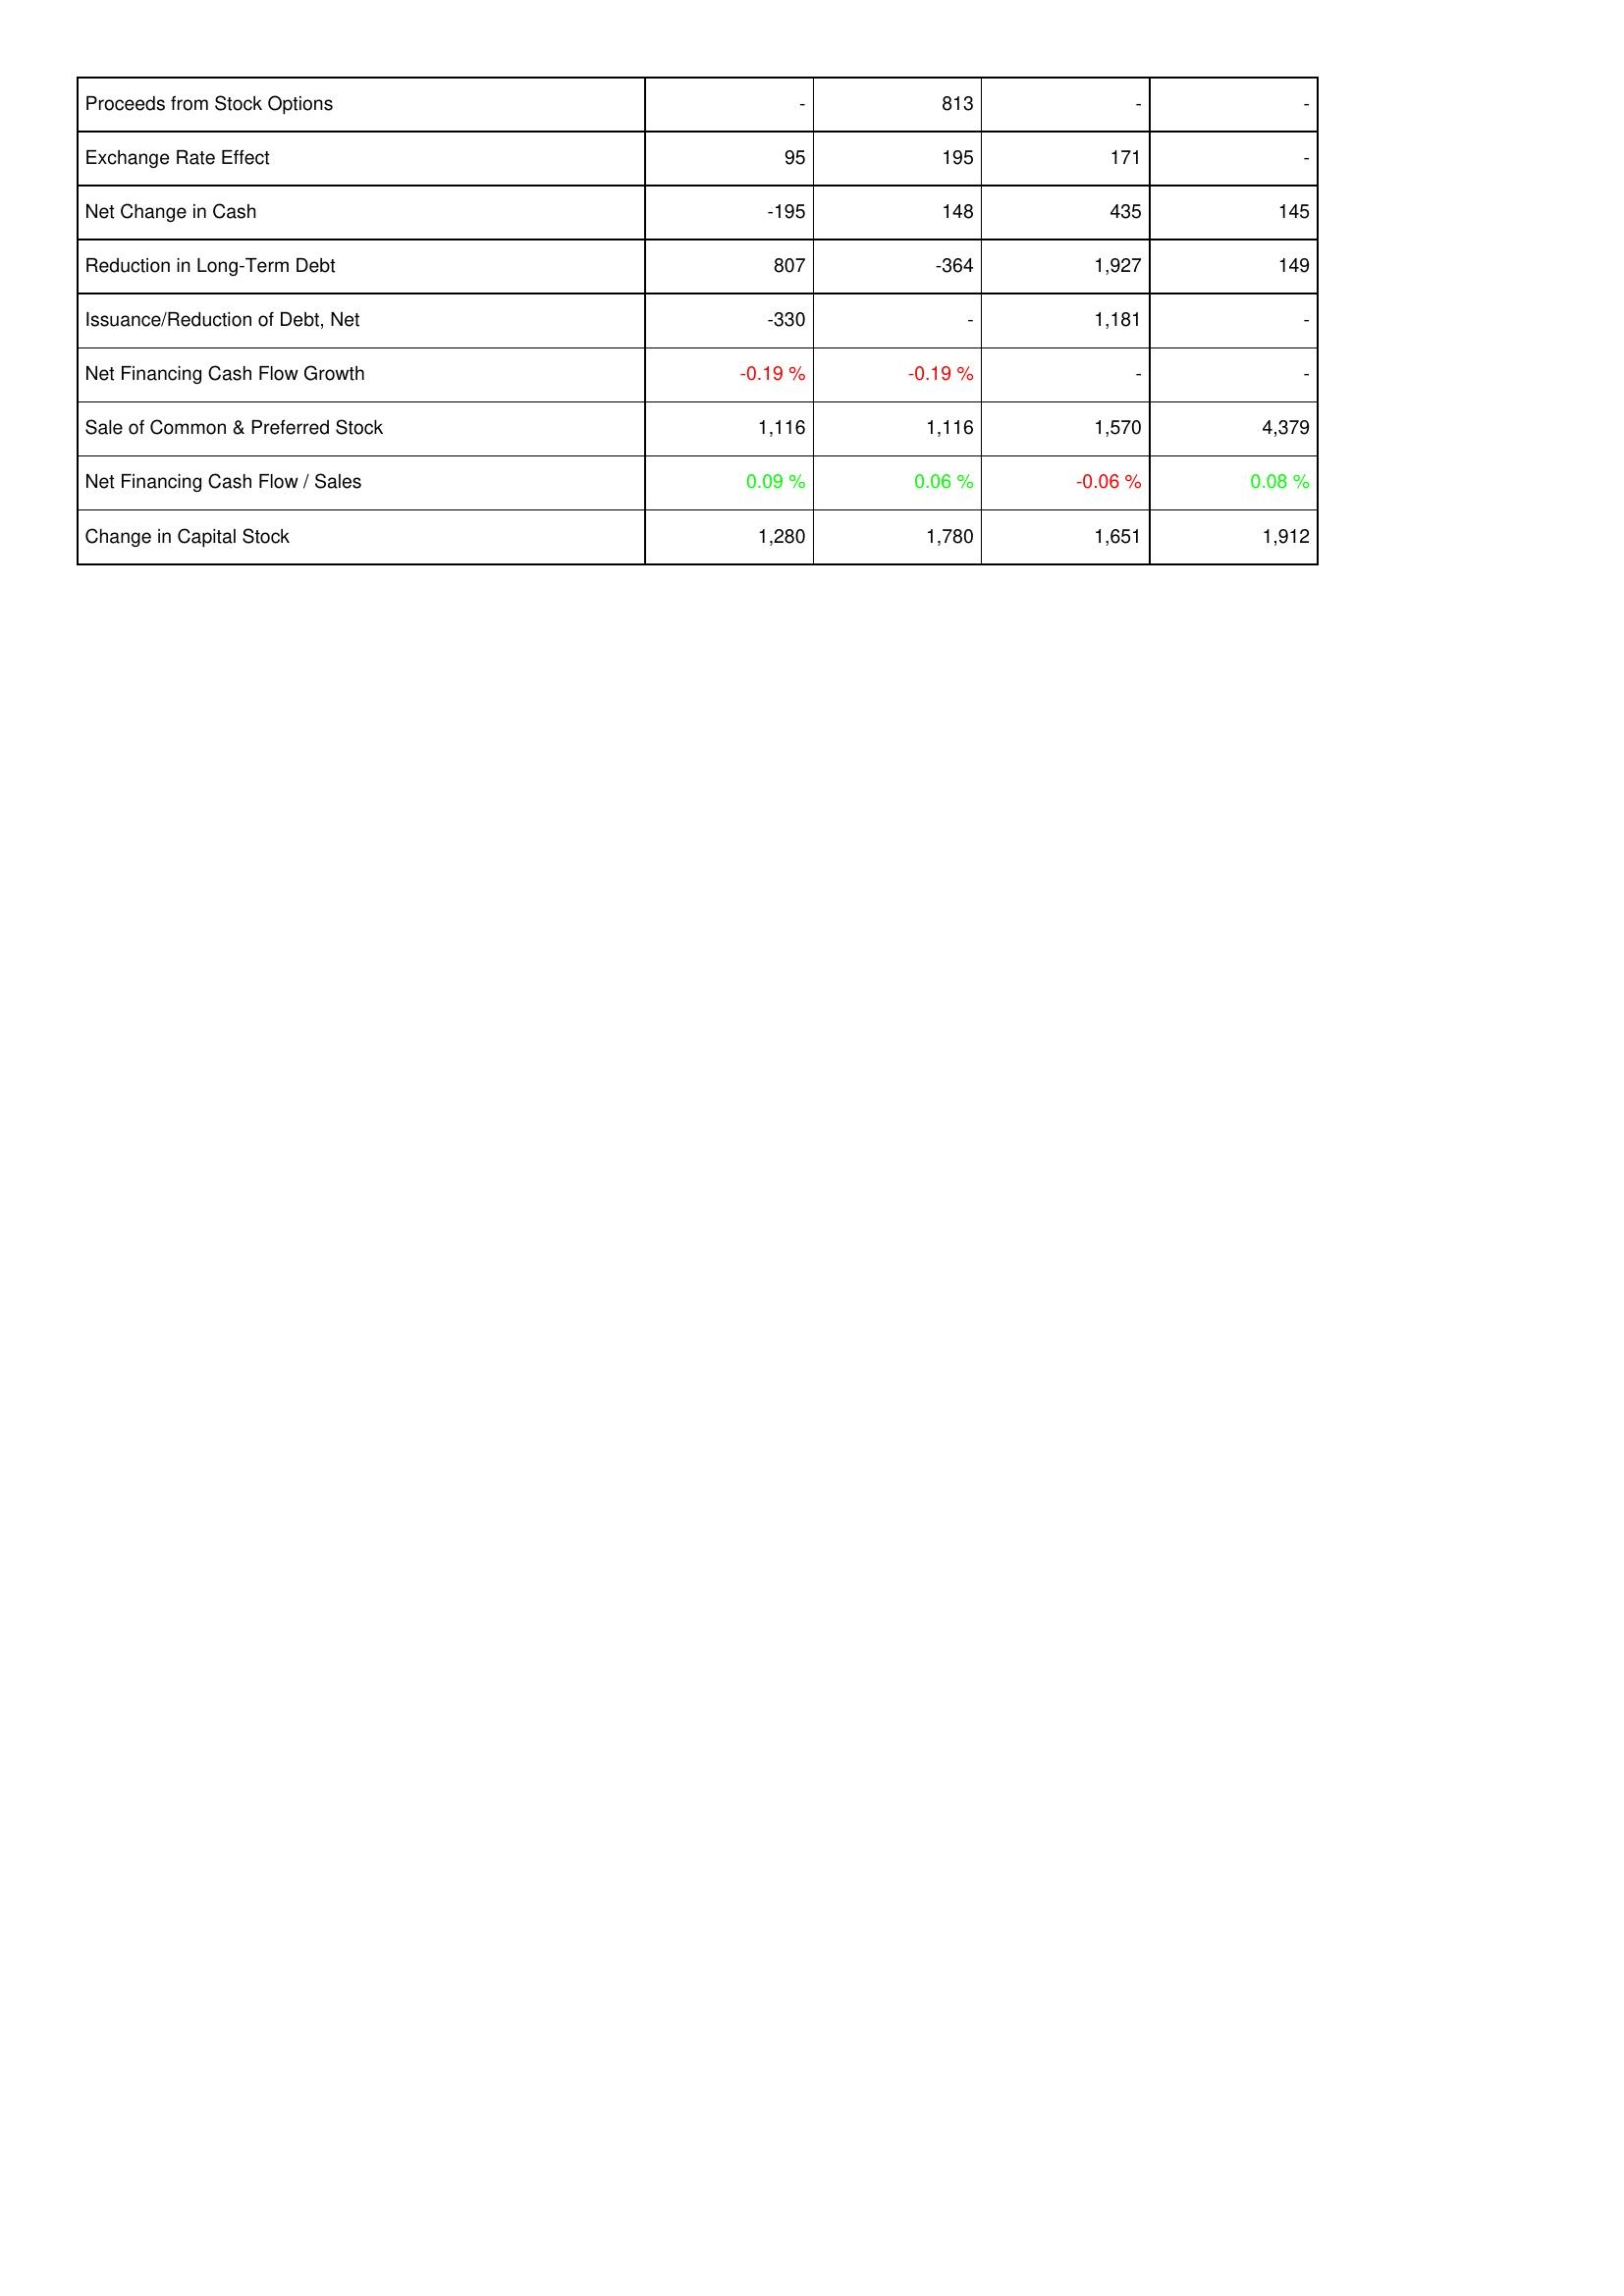
2015: Financing Activities: Proceeds from Stock Options: -
Exchange Rate Effect: 95
Net Change in Cash: -195
Reduction in Long-Term Debt: 807
Issuance/Reduction of Debt, Net: -330
Net Financing Cash Flow Growth: -0.19 %
Sale of Common & Preferred Stock: 1,116
Net Financing Cash Flow / Sales: 0.09 %
Change in Capital Stock: 1,280
2016: Financing Activities: Proceeds from Stock Options: 813
Exchange Rate Effect: 195
Net Change in Cash: 148
Reduction in Long-Term Debt: -364
Issuance/Reduction of Debt, Net: -
Net Financing Cash Flow Growth: -0.19 %
Sale of Common & Preferred Stock: 1,116
Net Financing Cash Flow / Sales: 0.06 %
Change in Capital Stock: 1,780
2017: Financing Activities: Proceeds from Stock Options: -
Exchange Rate Effect: 171
Net Change in Cash: 435
Reduction in Long-Term Debt: 1,927
Issuance/Reduction of Debt, Net: 1,181
Net Financing Cash Flow Growth: -
Sale of Common & Preferred Stock: 1,570
Net Financing Cash Flow / Sales: -0.06 %
Change in Capital Stock: 1,651
2018: Financing Activities: Proceeds from Stock Options: -
Exchange Rate Effect: -
Net Change in Cash: 145
Reduction in Long-Term Debt: 149
Issuance/Reduction of Debt, Net: -
Net Financing Cash Flow Growth: -
Sale of Common & Preferred Stock: 4,379
Net Financing Cash Flow / Sales: 0.08 %
Change in Capital Stock: 1,912